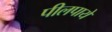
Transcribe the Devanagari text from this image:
पीलपाये